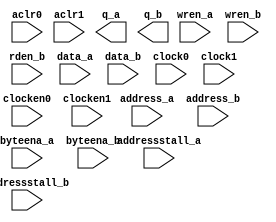
module altsyncram_Z1 (wren_a,wren_b,rden_b,data_a,data_b,address_a,address_b,clock0,clock1,clocken0,clocken1,aclr0,aclr1,byteena_a,byteena_b,addressstall_a,addressstall_b,q_a,q_b);
input wren_a;
input wren_b;
input rden_b;
input [7:0]data_a;
input [7:0]data_b;
input [6:0]address_a;
input [6:0]address_b;
input clock0;
input clock1;
input clocken0;
input clocken1;
input aclr0;
input aclr1;
input [0:0]byteena_a;
input [0:0]byteena_b;
input addressstall_a;
input addressstall_b;
output [7:0]q_a;
output [7:0]q_b;
endmodule

module altsyncram_Z2 (wren_a,wren_b,rden_b,data_a,data_b,address_a,address_b,clock0,clock1,clocken0,clocken1,aclr0,aclr1,byteena_a,byteena_b,addressstall_a,addressstall_b,q_a,q_b);
input wren_a;
input wren_b;
input rden_b;
input [7:0]data_a;
input [0:0]data_b;
input [6:0]address_a;
input [0:0]address_b;
input clock0;
input clock1;
input clocken0;
input clocken1;
input aclr0;
input aclr1;
input [0:0]byteena_a;
input [0:0]byteena_b;
input addressstall_a;
input addressstall_b;
output [7:0]q_a;
output [0:0]q_b;
endmodule